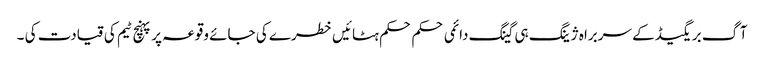
آگ بریگیڈ کے سربراہ ژینگ ہی گینگ دائمی حکم حکم ہٹائیں خطرے کی جائے وقوعہ پر پہنچ ٹیم کی قیادت کی ۔